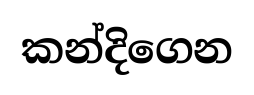
කන්දිගෙන